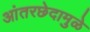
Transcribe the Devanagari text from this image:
आंतरछेदामुळे